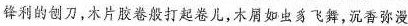
锋利的刨刀 ，木片胶卷般打起卷儿，木屑如虫豸飞舞，沉香弥漫